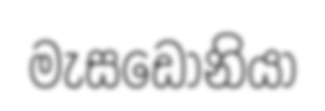
මැසඩෝනියා